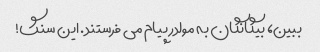
ببین، بیگانگان به مولدر پیام می فرستند. این سنگ!